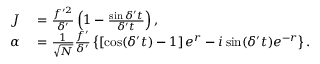
\begin{array} { r l } { J } & { { } = \frac { f ^ { \prime 2 } } { \delta ^ { \prime } } \left( 1 - \frac { \sin \delta ^ { \prime } t } { \delta ^ { \prime } t } \right) , } \\ { \alpha } & { { } = \frac { 1 } { \sqrt { N } } \frac { f ^ { \prime } } { \delta ^ { \prime } } \left\{ \left[ \cos ( \delta ^ { \prime } t ) - 1 \right] e ^ { r } - i \sin ( \delta ^ { \prime } t ) e ^ { - r } \right\} . } \end{array}